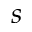
s